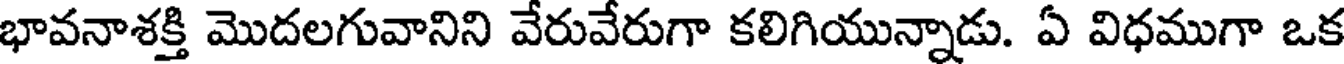
భావనాశక్తి మొదలగువానిని వేరువేరుగా కలిగియున్నాడు. ఏ విధముగా ఒక